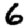
Digit: 6